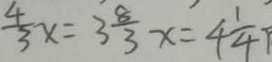
\frac { 4 } { 3 } x = 3 \frac { 8 } { 3 } x = 4 \frac { 1 } { 4 }